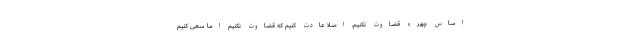
اساس چهره قضاوت نکنیم. اصلا عادت کنیم که قضاوت نکنیم اما سعی کنیم